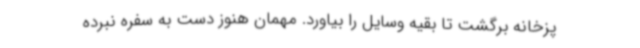
پزخانه برگشت تا بقیه وسایل را بیاورد. مهمان هنوز دست به سفره نبرده